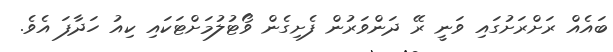
ބައެއް ރަށްރަށުގައި ވަނީ ރޭ ދަންވަރުން ފެށިގެން ވޯޓުލުމަށްޓަކައި ކިއު ހަދާފަ އެވެ.